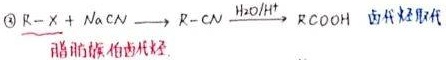
\textcircled{3} $R - X+NaCN\longrightarrow R - CN\xrightarrow{H_2O/H^+}RCOOH$ 卤代烃取代 腈的水解 卤代烃取代